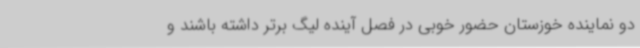
دو نماینده خوزستان حضور خوبی در فصل آینده لیگ برتر داشته باشند و